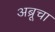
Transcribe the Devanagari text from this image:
अब्रूचा